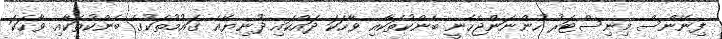
ފިނޭންސް މިނިސްޓަރު ހުންނަންޖެހެނީ ބެންކުތަކާއި ވާހަކަ ދައްކައި ދުނިޔޭޣެ ގައުމުތަކުގެ ބެންކުތަކާއި ވާހަކަ